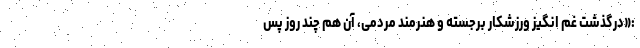
:«درگذشت غم انگیز ورزشکار برجسته و هنرمند مردمی، آن هم چند روز پس